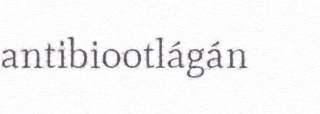
antibiootlágán